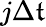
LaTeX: j\Delta\mathfrak{t}